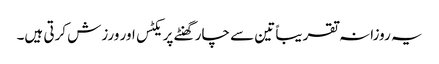
یہ روزانہ تقریباً تین سے چار گھنٹے پریکٹس اور ورزش کرتی ہیں۔